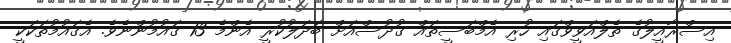
އިސްރާއީލުގެ ތެލްއަވީވްގައި ހުރި އެމްބަސީތައް ގުދުސްއަށް ބަދަލުކުރީ އެންމެ 13 ގައުމުންނެވެ. އެގައުމުތަކަކީ